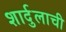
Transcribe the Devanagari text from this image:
शार्दुलाची